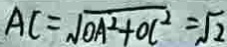
A C = \sqrt { O A ^ { 2 } + O C ^ { 2 } } = \sqrt { 2 }